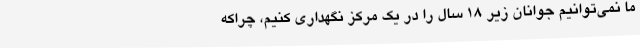
ما نمی‌توانیم جوانان زیر ۱۸ سال را در یک مرکز نگهداری کنیم، چراکه